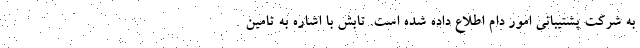
به شرکت پشتیبانی امور دام اطلاع داده شده است. تابش با اشاره به تامین